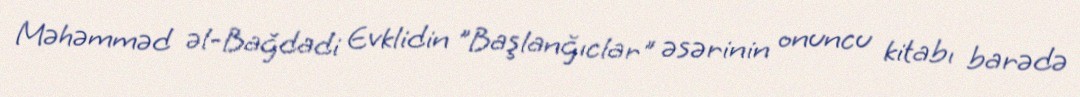
Məhəmməd əl-Bağdadi Evklidin "Başlanğıclar" əsərinin onuncu kitabı barədə